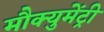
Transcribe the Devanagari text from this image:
मौक्युमेंट्री